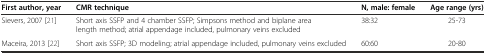
| First author, year | CMR technique | N, male: female | Age range (yrs) |
 | --- | --- | --- | --- |
 | Sievers, 2007 [21] | Short axis SSFP and 4 chamber SSFP; Simpsons method and biplane area length method; atrial appendage included, pulmonary veins excluded | 38:32 | 25-73 |
 | Maceira, 2013 [22] | Short axis SSFP; 3D modeling; atrial appendage included, pulmonary veins excluded | 60:60 | 20-80 |